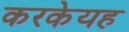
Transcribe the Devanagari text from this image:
करकेयह